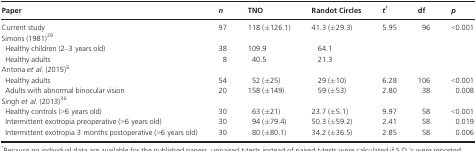
<table><thead><tr><td><b>Paper</b></td><td><b><i>n</i></b></td><td><b>TNO</b></td><td><b>Randot Circles</b></td><td><b><i>t</i>a</b></td><td><b>df</b></td><td><b><i>p</i></b></td></tr></thead><tbody><tr><td>Current study</td><td>97</td><td>118 (±126.1)</td><td>41.3 (±29.3)</td><td>5.95</td><td>96</td><td>&lt;0.001</td></tr><tr><td colspan="7">Simons (1981)29</td></tr><tr><td>Healthy children (2–3 years old)</td><td>38</td><td>109.9</td><td>64.1</td><td></td><td></td><td></td></tr><tr><td>Healthy adults</td><td>8</td><td>40.5</td><td>21.3</td><td></td><td></td><td></td></tr><tr><td colspan="7">Antona <i>et al</i>. (2015)6</td></tr><tr><td>Healthy adults</td><td>54</td><td>52 (±25)</td><td>29 (±10)</td><td>6.28</td><td>106</td><td>&lt;0.001</td></tr><tr><td>Adults with abnormal binocular vision</td><td>20</td><td>158 (±149)</td><td>59 (±53)</td><td>2.80</td><td>38</td><td>0.008</td></tr><tr><td colspan="7">Singh <i>et al</i>. (2013)36</td></tr><tr><td>Healthy controls (&gt;6 years old)</td><td>30</td><td>63 (±21)</td><td>23.7 (±5.1)</td><td>9.97</td><td>58</td><td>&lt;0.001</td></tr><tr><td>Intermittent exotropia preoperative (&gt;6 years old)</td><td>30</td><td>94 (±79.4)</td><td>50.3 (±59.2)</td><td>2.41</td><td>58</td><td>0.019</td></tr><tr><td>Intermittent exotropia 3 months postoperative (&gt;6 years old)</td><td>30</td><td>80 (±80.1)</td><td>34.2 (±36.5)</td><td>2.85</td><td>58</td><td>0.006</td></tr></tbody></table>